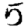
Digit: 5